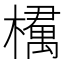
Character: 𣜔